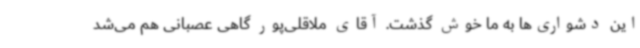
این دشواری‌ها به ما خوش گذشت. آقای ملاقلی‌پور گاهی عصبانی هم می‌شد